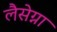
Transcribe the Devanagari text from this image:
लैसेग्ना